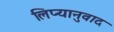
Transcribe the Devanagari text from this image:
लिप्यानुवाद